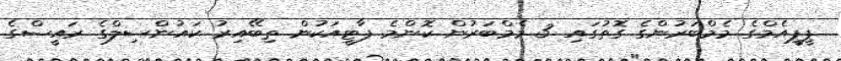
ޕީޕީއެމްގެ މެމްބަރުންގެ ގޮތުގައި 3 މެމްބަރުން ކޮންމެ ޕާޓީއަކުން ތިބޭއިރު ކައުންސިލްގެ ރައީސްގެ